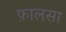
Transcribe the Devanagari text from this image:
फ़ालसा